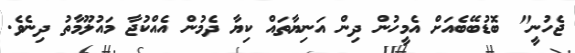
ޖެހުނީ" ބޮޑުބޭބެއަށް އެމީހުން ދިން އަނިޔާތައް ކިޔާ ދެމުން އެއްކުޖާ މައުލޫމާތު ދިނެވެ.